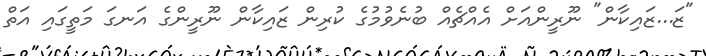
"ޒަ...ޒައިކާން" ނޫރީންއަށް އެއްޗެއް ބުނެވުމުގެ ކުރިން ޒައިކާން ނޫރީންގެ އަނގަ މަތީގައި އަތް